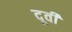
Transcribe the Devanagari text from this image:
दूर्वी